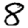
Digit: 8